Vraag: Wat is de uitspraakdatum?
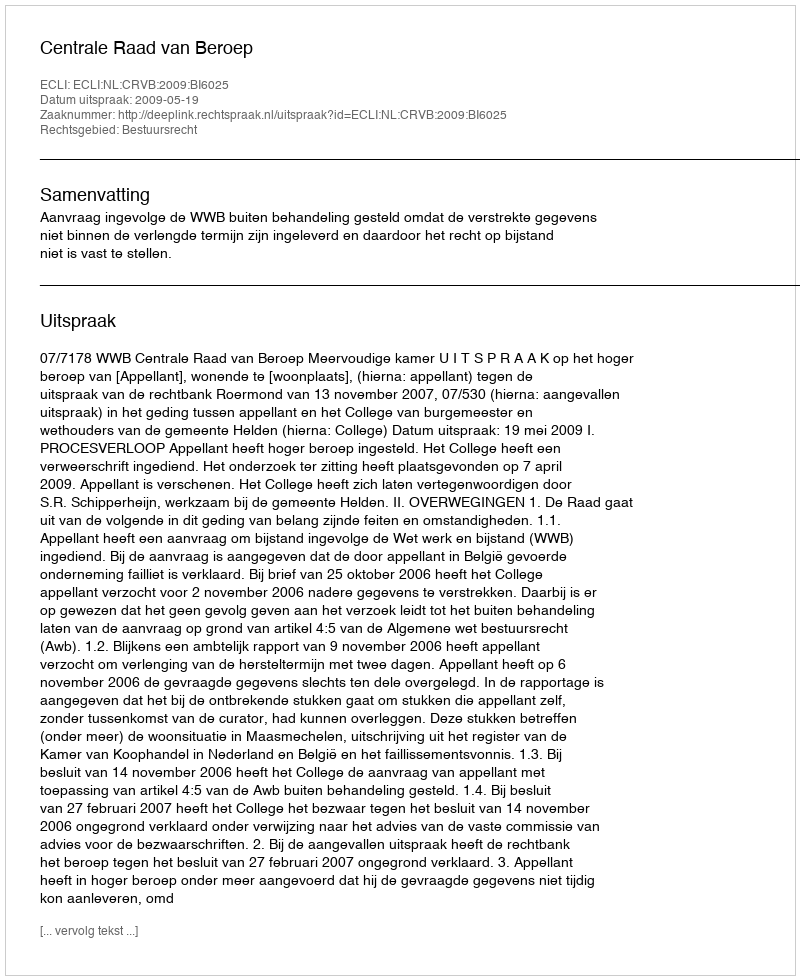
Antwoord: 2009-05-19